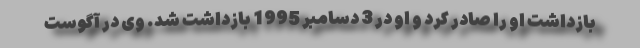
بازداشت او را صادر کرد و او در 3 دسامبر 1995 بازداشت شد. وی در آگوست